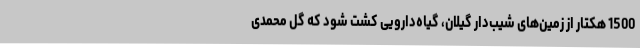
1500 هکتار از زمین‌های شیب‌دار گیلان، گیاه‌دارویی کشت شود که گل محمدی